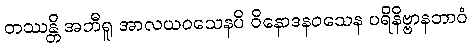
တဿန္တိ အဘီရူ အာလယဝသေနပိ ဝိနောဒနဝသေန ပရိနိဗ္ဗာနဘာဝံ